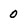
Character: 0